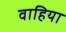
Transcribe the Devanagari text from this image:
वाहिया